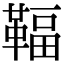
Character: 𩋨